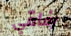
رفاقي